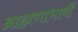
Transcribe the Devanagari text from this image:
ब्राह्मणाभावीं